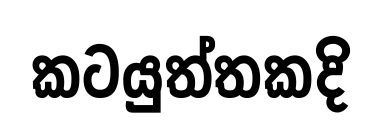
කටයුත්තකදි